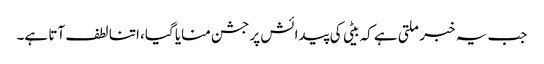
جب یہ خبر ملتی ہے کہ بیٹی کی پیدائش پر جشن منایا گیا، اتنا لطف آتا ہے۔